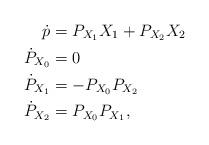
LaTeX: \begin{align*} \dot{p} & = P_{X_1} X_1 + P_{X_2} X_2 \\ \dot{P}_{X_0} & = 0 \\ \dot{P}_{X_1} & = -P_{X_0} P_{X_2} \\ \dot{P}_{X_2} & = P_{X_0} P_{X_1}, \end{align*}